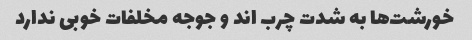
خورشت‌ها به شدت چرب اند و جوجه مخلفات خوبی ندارد